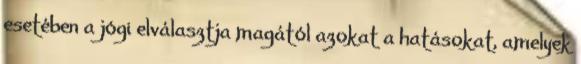
esetében a jógi elválasztja magától azokat a hatásokat, amelyek